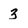
Character: 3